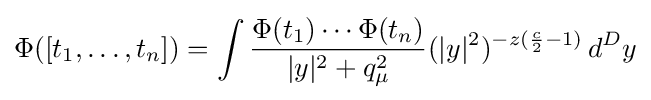
\displaystyle \Phi ([t_{1},\dots ,t_{n}])=\int {\Phi (t_{1})\cdots \Phi (t_{n}) \over |y|^{2}+q_{\mu }^{2}}(|y|^{2})^{-z({c \over 2}-1)}\,d^{D}y